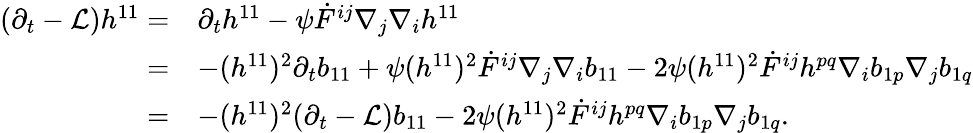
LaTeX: \begin{array}{rl}{(\partial_{t}-\mathcal{L})h^{11}=}&{\partial_{t}h^{11}-\psi\dot{F}^{ij}\nabla_{j}\nabla_{i}h^{11}}\\ {=}&{-(h^{11})^{2}\partial_{t}b_{11}+\psi(h^{11})^{2}\dot{F}^{ij}\nabla_{j}\nabla_{i}b_{11}-2\psi(h^{11})^{2}\dot{F}^{ij}h^{pq}\nabla_{i}b_{1p}\nabla_{j}b_{1q}}\\ {=}&{-(h^{11})^{2}(\partial_{t}-\mathcal{L})b_{11}-2\psi(h^{11})^{2}\dot{F}^{ij}h^{pq}\nabla_{i}b_{1p}\nabla_{j}b_{1q}.}\end{array}